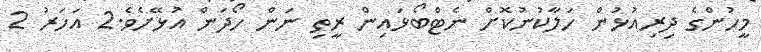
މީހުންގެ ދިރިއުޅުން ހަލާކުނުކޮށް ނެޓްބޯޅައިން ރީތި ނަން ހޯދަން އުޅޭށެވެ.2 އަހަރު 2